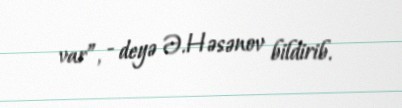
var”, - deyə Ə.Həsənov bildirib.